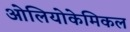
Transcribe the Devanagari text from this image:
ओलियोकेमिकल